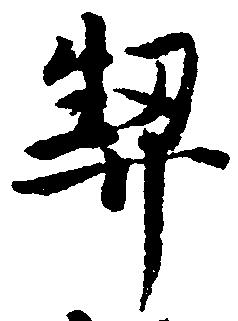
契